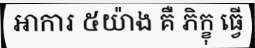
អាការ ៥យ៉ាង គឺ ភិក្ខុ ធ្វើ